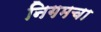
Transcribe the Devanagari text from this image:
निगमचा